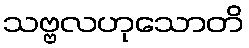
သဗ္ဗလဟုသောတိ